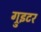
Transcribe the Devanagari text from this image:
ग्रुइटर